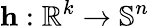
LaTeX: \mathbf{h}:\mathbb{R}^{k}\rightarrow\mathbb{S}^{n}